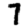
Digit: 7